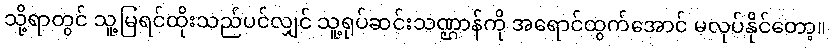
သို့ရာတွင် သူ့မြရင်ထိုးသည်ပင်လျှင် သူ့ရုပ်ဆင်းသဏ္ဌာန်ကို အရောင်ထွက်အောင် မလုပ်နိုင်တော့။